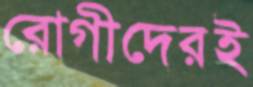
রোগীদেরই